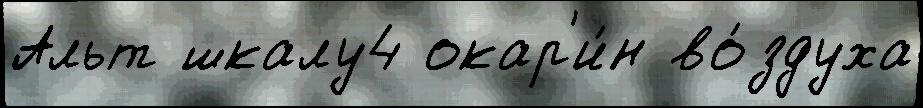
Альт шкалу4 окар'и́н во́здуха